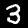
Label: 3